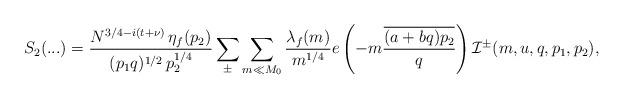
LaTeX: \begin{align*}S_2(...) = \frac{ N^{3/4-i(t+\nu)}\,\eta_f(p_2)}{(p_1q)^{1/2}\,p_2^{1/4}} \sum_{\pm} \sum_{m \ll M_0} \frac{\lambda_f(m)}{m^{1/4}} e\left(-m \frac{\overline{(a+bq) p_2}}{q}\right) \mathcal{I}^{\pm} (m,u,q,p_1,p_2),\end{align*}